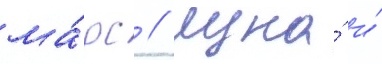
ма́рс / луна́ и́